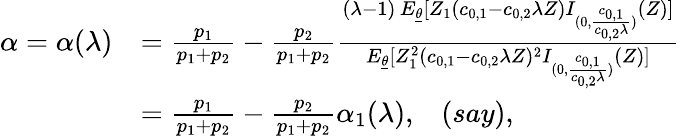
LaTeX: \begin{array}{rl}{\alpha=\alpha(\lambda)}&{=\frac{p_{1}}{p_{1}+p_{2}}-\frac{p_{2}}{p_{1}+p_{2}}\frac{(\lambda-1)\, E_{\underline{{\theta}}}[Z_{1}(c_{0,1}-c_{0,2}\lambda Z)I_{(0,\frac{c_{0,1}}{c_{0,2}\lambda})}(Z)]}{E_{\underline{{\theta}}}[Z_{1}^{2}(c_{0,1}-c_{0,2}\lambda Z)^{2}I_{(0,\frac{c_{0,1}}{c_{0,2}\lambda})}(Z)]}}\\ &{=\frac{p_{1}}{p_{1}+p_{2}}-\frac{p_{2}}{p_{1}+p_{2}}\alpha_{1}(\lambda),\; \; \; (say),}\end{array}